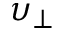
\upsilon _ { \perp }